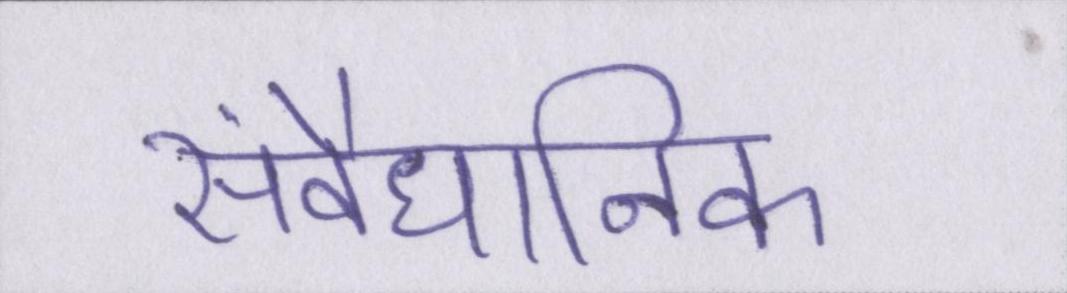
संवैधानिक